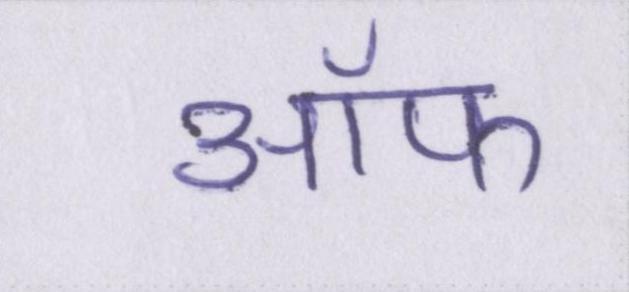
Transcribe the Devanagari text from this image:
ऑफ